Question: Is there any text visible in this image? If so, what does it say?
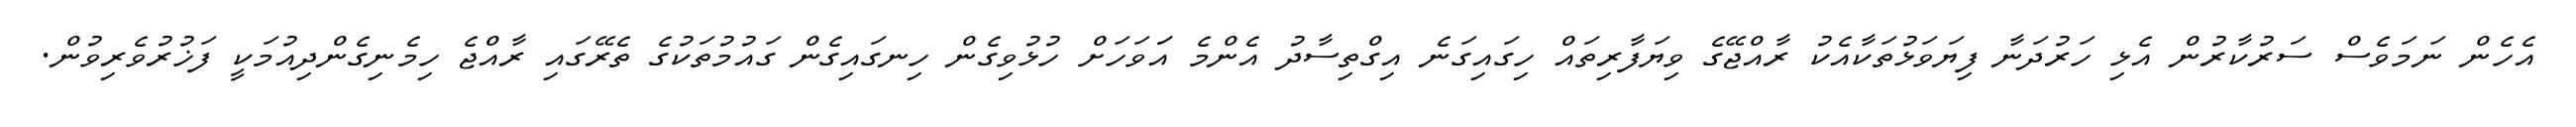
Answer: އެހެން ނަމަވެސް ސަރުކާރުން އެޅި ހަރުދަނާ ފިޔަވަޅުތަކާއެކު ރާއްޖޭގެ ވިޔަފާރިތައް ހިގައިގަނެ އިގްތިސާދު އެންމެ އަަވަހަށް ހުޅުވިގެން ހިނގައިގެން ގައުމުތަކުގެ ތެރޭގައި ރާއްޖެ ހިމެނިގެންދިއުމަކީ ފަޚުރުވެރިވުން.